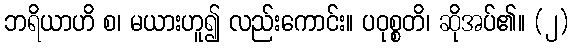
ဘရိယာဟိ စ၊ မယားဟူ၍ လည်းကောင်း။ ပဝုစ္စတိ၊ ဆိုအပ်၏။ (၂)